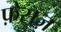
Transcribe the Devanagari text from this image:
फ़ेसज़